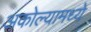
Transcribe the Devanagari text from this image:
अकोल्यामध्ये